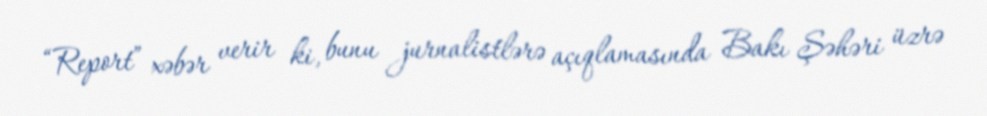
“Report” xəbər verir ki, bunu jurnalistlərə açıqlamasında Bakı Şəhəri üzrə